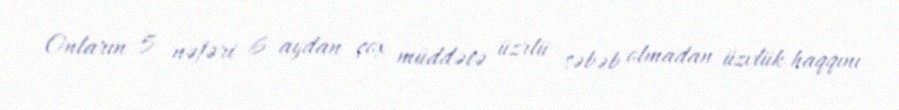
Onların 5 nəfəri 6 aydan çox müddətə üzrlü səbəb olmadan üzvlük haqqını